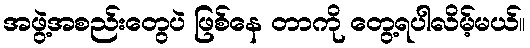
အဖွဲ့အစည်းတွေပဲ ဖြစ်နေ တာကို တွေ့ရပါလိမ့်မယ်။